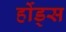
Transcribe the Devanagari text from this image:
र्होड्स